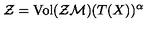
{ \cal { Z } } = \mathrm { V o l } ( { \cal { Z M } } ) ( T ( X ) ) ^ { \alpha }